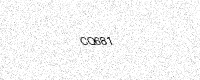
Text: CQ681